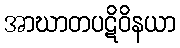
အာဃာတပဋိဝိနယာ